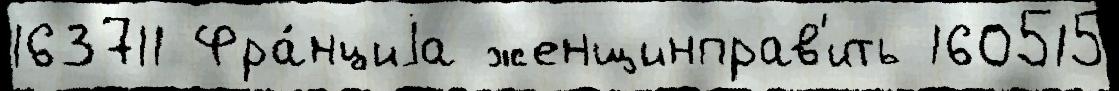
163711 Фра́нциjа женщинправ'ить 160515